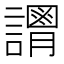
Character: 𧬴